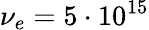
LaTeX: \nu_{e}=5\cdot{10}^{15}